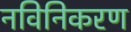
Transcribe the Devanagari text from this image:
नविनिकरण